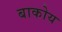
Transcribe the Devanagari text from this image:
बाकोय